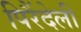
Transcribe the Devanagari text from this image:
पिरैंदेली